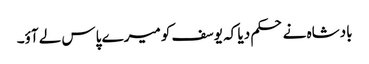
بادشاہ نے حکم دیا کہ یوسف کو میرے پاس لے آؤ۔